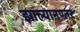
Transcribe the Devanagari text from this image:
झाल्यानण्तर